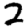
Digit: 2